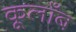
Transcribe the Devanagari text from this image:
कूलाँब